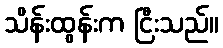
သိန်းထွန်းက ငြီးသည်။